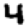
Digit: 4